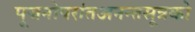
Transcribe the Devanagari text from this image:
पूजनोपरांतअनन्तसूत्रको